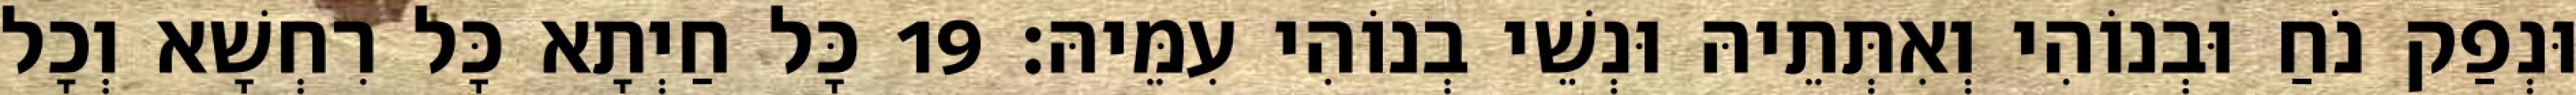
וּנְפַק נֹחַ וּבְנוֹהִי וְאִתְּתֵיהּ וּנְשֵׁי בְנוֹהִי עִמֵּיהּ׃ 19 כָּל חַיְתָא כָּל רִחְשָׁא וְכָל